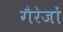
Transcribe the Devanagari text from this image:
गैरेजों